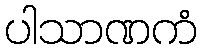
ပါသာဏကံ